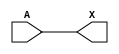
/*
`ifndef SKY130_FD_SC_HD__BUF_FUNCTIONAL_V
`define SKY130_FD_SC_HD__BUF_FUNCTIONAL_V

`timescale 1ns / 1ps
`default_nettype none
*/
module sky130_fd_sc_hd__buf_4(
	X,
	A);


/*
output X;
input A;

wire buf_4_1;

buf buf0(buf_4_1,A);
buf buf1(X,buf_4_1);
*/

// Module ports
    output X;
    input  A;

    // Local signals
    wire buf0_out_X;

    //  Name  Output      Other arguments
    buf buf0 (buf0_out_X, A              );
    buf buf1 (X         , buf0_out_X     );

endmodule


//`default_nettype wire
//`endif  // SKY130_FD_SC_HD__BUF_FUNCTIONAL_V